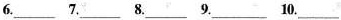
6.___7.___8.___9.___10.___